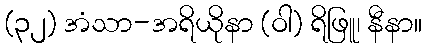
(၃၂) အံသာ-အရိယိုနာ (ဝါ) ရိဖြူ၊ နီနာ။